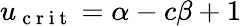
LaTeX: u_{\mathrm{~c~r~i~t~}}=\alpha-c\beta+1